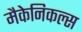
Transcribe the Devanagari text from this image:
मैकेनिकल्स